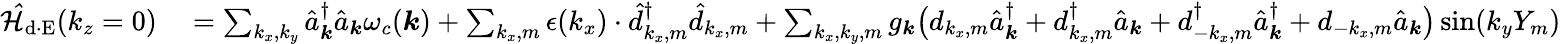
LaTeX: \begin{array}{rl}{\mathcal{\hat{H}}_{\mathrm{d\cdot E}}(k_{z}=0)}&{{}=\sum_{{k_{x},k_{y}}}\hat{a}_{\boldsymbol k}^{\dagger}\hat{a}_{\boldsymbol k}\omega_{c}({\boldsymbol k})+\sum_{k_{x},m}\epsilon(k_{x})\cdot\hat{d}_{k_{x},m}^{\dagger}\hat{d}_{k_{x},m}+\sum_{{k_{x},k_{y}},m}g_{\boldsymbol k}\big(d_{k_{x},m}\hat{a}_{{\boldsymbol k}}^{\dagger}+d_{k_{x},m}^{\dagger}\hat{a}_{{\boldsymbol k}}+d_{-k_{x},m}^{\dagger}\hat{a}_{{\boldsymbol k}}^{\dagger}+d_{-k_{x},m}\hat{a}_{{\boldsymbol k}}\big)\sin({k_{y}}Y_{m})}\end{array}